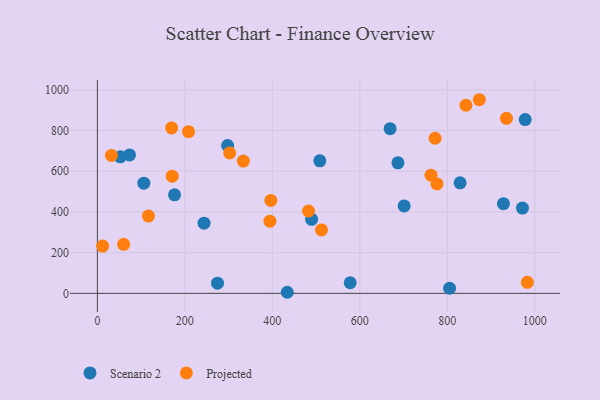
{"axis": {"x": "Experience", "y": "Exam Score"}, "legend": ["Projected", "Scenario 2"], "data": [{"x": "978.0", "y": 853.7, "type": "Scenario 2"}, {"x": "928.3", "y": 440.4, "type": "Scenario 2"}, {"x": "274.6", "y": 49.8, "type": "Scenario 2"}, {"x": "243.9", "y": 344.9, "type": "Scenario 2"}, {"x": "52.4", "y": 671.0, "type": "Scenario 2"}, {"x": "578.0", "y": 52.0, "type": "Scenario 2"}, {"x": "701.3", "y": 429.4, "type": "Scenario 2"}, {"x": "805.2", "y": 25.0, "type": "Scenario 2"}, {"x": "73.5", "y": 680.0, "type": "Scenario 2"}, {"x": "106.2", "y": 541.3, "type": "Scenario 2"}, {"x": "176.3", "y": 484.3, "type": "Scenario 2"}, {"x": "669.2", "y": 809.3, "type": "Scenario 2"}, {"x": "508.5", "y": 651.2, "type": "Scenario 2"}, {"x": "297.7", "y": 726.6, "type": "Scenario 2"}, {"x": "829.2", "y": 543.1, "type": "Scenario 2"}, {"x": "971.7", "y": 418.8, "type": "Scenario 2"}, {"x": "434.1", "y": 5.3, "type": "Scenario 2"}, {"x": "687.1", "y": 641.3, "type": "Scenario 2"}, {"x": "489.7", "y": 363.8, "type": "Scenario 2"}, {"x": "772.0", "y": 762.0, "type": "Projected"}, {"x": "396.6", "y": 456.7, "type": "Projected"}, {"x": "394.4", "y": 354.8, "type": "Projected"}, {"x": "512.4", "y": 311.6, "type": "Projected"}, {"x": "116.8", "y": 379.7, "type": "Projected"}, {"x": "12.0", "y": 232.4, "type": "Projected"}, {"x": "60.1", "y": 240.9, "type": "Projected"}, {"x": "171.1", "y": 576.0, "type": "Projected"}, {"x": "762.8", "y": 580.7, "type": "Projected"}, {"x": "983.0", "y": 54.3, "type": "Projected"}, {"x": "873.2", "y": 951.4, "type": "Projected"}, {"x": "169.7", "y": 812.7, "type": "Projected"}, {"x": "32.2", "y": 677.6, "type": "Projected"}, {"x": "208.4", "y": 794.2, "type": "Projected"}, {"x": "302.5", "y": 690.1, "type": "Projected"}, {"x": "482.6", "y": 404.6, "type": "Projected"}, {"x": "842.6", "y": 924.3, "type": "Projected"}, {"x": "776.4", "y": 537.6, "type": "Projected"}, {"x": "333.7", "y": 650.1, "type": "Projected"}, {"x": "935.2", "y": 859.9, "type": "Projected"}]}